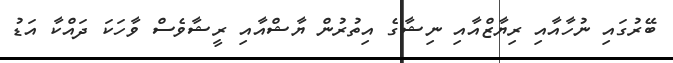
ބޭރުގައި ނުހާއާއި ރިޔާޒްއާއި ނިޝާގެ އިތުރުން ޔާޝްއާއި ރީޝާވެސް ވާހަކަ ދައްކާ އަޑު